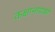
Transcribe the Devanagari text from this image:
कक्षानायकों